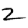
Digit: 2